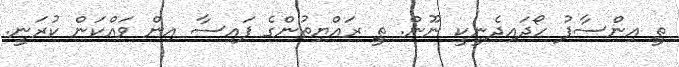
ތީ އިންސާފު ހޯދައިދެނީކީ ނޫން. ތީ ރައްޔިތުންގެ ފައިސާ އިން ވައްކަން ކުރަނީ.